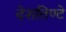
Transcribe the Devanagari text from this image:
देशतिण्टे